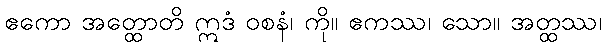
ဧကော အတ္ထောတိ ဣဒံ ဝစနံ၊ ကို။ ဧကဿ၊ သော။ အတ္ထဿ၊